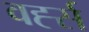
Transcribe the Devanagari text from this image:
वर्ह्स